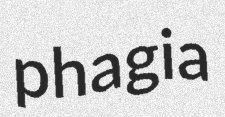
phagia